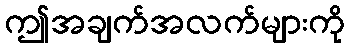
ဤအချက်အလက်များကို